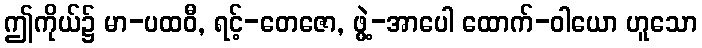
ဤကိုယ်၌ မာ-ပထဝီ, ရင့်-တေဇော, ဖွဲ့-အာပေါ ထောက်-ဝါယော ဟူသော